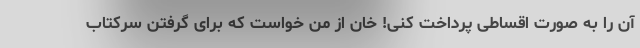
آن را به صورت اقساطی پرداخت کنی! خان از من خواست که برای گرفتن سرکتاب